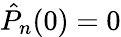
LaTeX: \hat{P}_{n}(0)=0